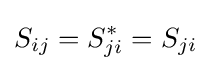
S_{ij}=S_{ji}^{*}=S_{ji}